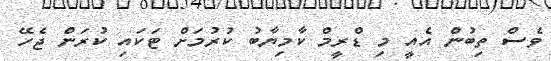
ވެސް ތިބުން އެއީ މި ޑްރީމް ކާމިޔާބު ކުރުމަށް ޓަކައި ކުރަން ޖެހޭ